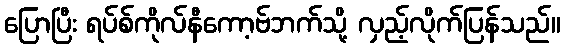
ပြောပြီး ရပ်စ်ကိုလ်နီကော့ဗ်ဘက်သို့ လှည့်လိုက်ပြန်သည်။